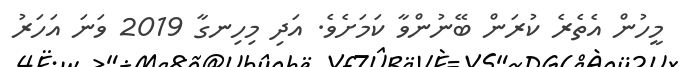
މީހުން އެތެރެ ކުރަން ބޭނުންވާ ކަމަށެވެ. އަދި މިހިނގާ 2019 ވަނަ އަހަރު